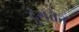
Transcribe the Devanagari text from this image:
दुंगतेन